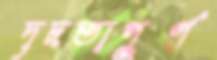
দৃঢ়তাপূর্ণ